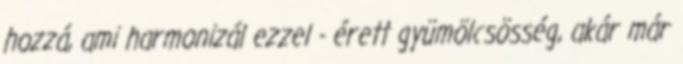
hozzá, ami harmonizál ezzel - érett gyümölcsösség, akár már